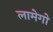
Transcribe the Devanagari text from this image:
लामेगो